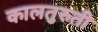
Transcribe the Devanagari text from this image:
कालतुरुती